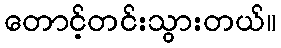
တောင့်တင်းသွားတယ်။